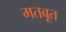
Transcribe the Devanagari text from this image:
मतबूत